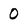
Character: 0